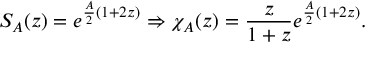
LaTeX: S _ { A } ( z ) = e ^ { \frac { A } { 2 } ( 1 + 2 z ) } \Rightarrow \chi _ { A } ( z ) = \frac { z } { 1 + z } e ^ { \frac { A } { 2 } ( 1 + 2 z ) } .